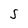
Character: S